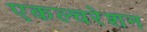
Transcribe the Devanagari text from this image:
एकल्चरेशन